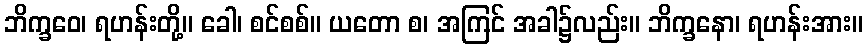
ဘိက္ခဝေ၊ ရဟန်းတို့။ ခေါ၊ စင်စစ်။ ယတော စ၊ အကြင် အခါ၌လည်း။ ဘိက္ခနော၊ ရဟန်းအား။